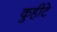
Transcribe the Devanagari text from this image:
कुहीटे